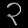
Digit: ၃